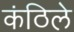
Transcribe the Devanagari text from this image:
कंठिले